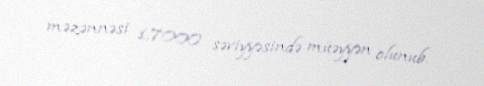
məzənnəsi 1,7000 səviyyəsində müəyyən olunub.